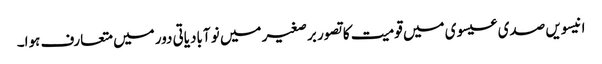
انیسویں صدی عیسوی میں قومیت کا تصور برصغیر میں نو آبادیاتی دور میں متعارف ہوا۔